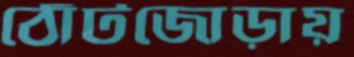
ঠোঁটজোড়ায়